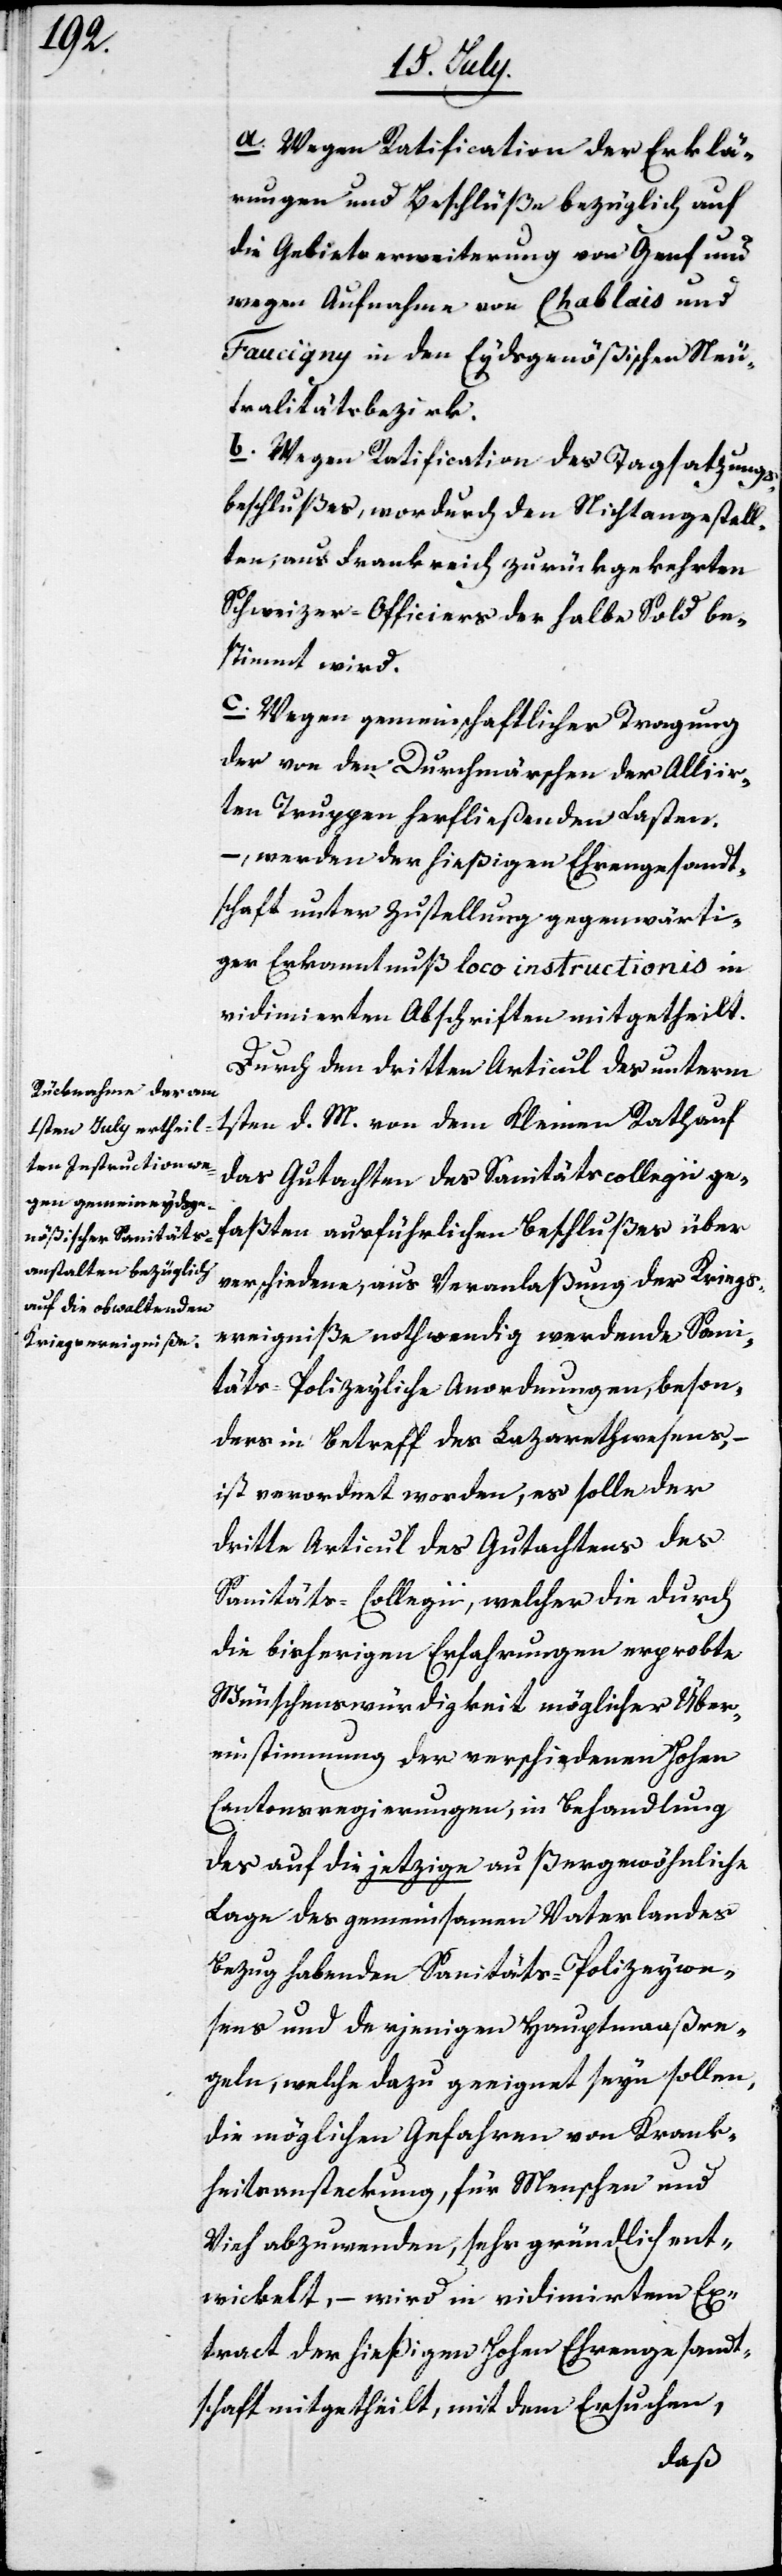
a. Wegen Ratification der Erklä¬
rungen und Beschlüße bezüglich auf
die Gebieterweiterung von Genf und
wegen Aufnahme von Chablais und
Faucigny in den Eydsgenößischen Neu¬
tralitätsbezirk.
b. Wegen Ratification des Tagsatzungs¬
beschlußes, wordurch den Nichtangestell¬
ten, aus Frankreich zurückgekehrten
Schweizer-Officiers der halbe Sold be¬
stimmt wird.
c. Wegen gemeinschaftlicher Tragung
der von den Durchmärschen der Alliir¬
ten Truppen herfließenden Lasten –
, werden der hießigen Ehrengesandt¬
schaft unter Zustellung gegenwärti¬
ger Erkanntnuß loco instructionis in
vidimierten Abschriften mitgetheilt.
Durch den dritten Articul des unterm
1sten d. M. von dem Kleinen Rath auf
das Gutachten des Sanitätscollegii ge¬
faßten ausführlichen Beschlußes über
verschiedene, aus Veranlaßung der Kriegs¬
ereigniße nothwendig werdende Sani¬
täts-Polizeyliche Anordnungen, beson¬
ders in Betreff des Lazarethwesens, –
ist verordnet worden, es solle der
dritte Articul des Gutachtens des
Sanitäts-Collegii, welcher die durch
die bisherigen Erfahrungen erprobte
Wünschenswürdigkeit möglicher Über¬
einstimmung der verschiedenen Hohen
Cantonsregierungen, in Behandlung
des auf die jetzige außergewöhnliche
Lage des gemeinsamen Vaterlandes
Bezug habenden Sanitäts-Polizeywe¬
sens und derjenigen Hauptmaaßre¬
geln, welche dazu geeignet seyn sollen,
die möglichen Gefahren von Krank¬
heitsansteckung, für Menschen und
Vieh abzuwenden, sehr gründlich ent¬
wickelt, – wird in vidimiertem Ex¬
tract der hießigen Hohen Ehrengesandt¬
schaft mitgetheilt, mit dem Ersuchen,